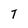
Character: T